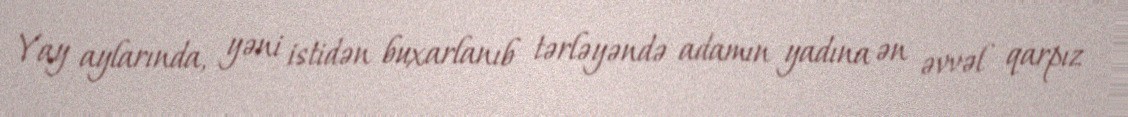
Yay aylarında, yəni istidən buxarlanıb tərləyəndə adamın yadına ən əvvəl qarpız